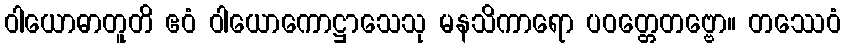
ဝါယောဓာတူတိ ဧဝံ ဝါယောကောဋ္ဌာသေသု မနသိကာရော ပဝတ္တေတဗ္ဗော။ တဿေဝံ